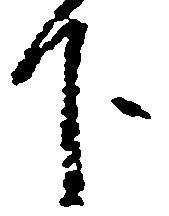
下